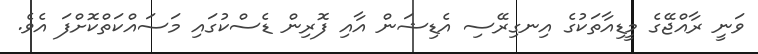
ވަނީ ރާއްޖޭގެ މީޑިއާތަކުގެ އިނގިރޭސި އެޑިޝަން އާއި ފޮރިން ޑެސްކުގައި މަސައްކަތްކޮށްފަ އެވެ.